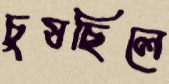
চুষছিলে